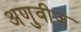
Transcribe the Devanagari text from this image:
अणुवीज